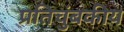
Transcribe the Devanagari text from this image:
प्रतिचुंबकीय